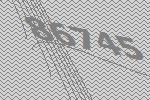
86745